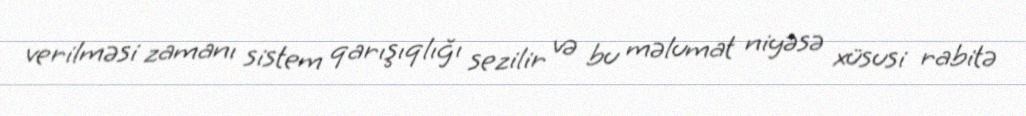
verilməsi zamanı sistem qarışıqlığı sezilir və bu məlumat niyəsə xüsusi rabitə